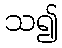
သ၍